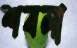
শবলা